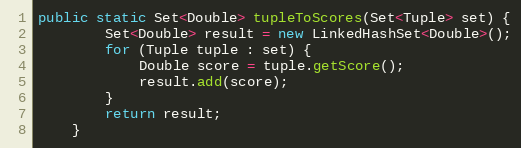
Language: Java
public static Set<Double> tupleToScores(Set<Tuple> set) {
		Set<Double> result = new LinkedHashSet<Double>();
		for (Tuple tuple : set) {
			Double score = tuple.getScore();
			result.add(score);
		}
		return result;
	}